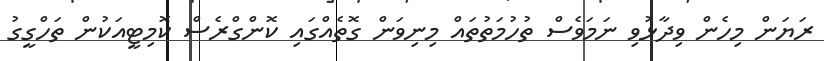
ރަޔަން މިހެން ވިދާޅުވި ނަމަވެސް ތުހުމަތުތައް މިނިވަން ގޮތެއްގައި ކޮންގްރެސް ކޮމިޓީއަކުން ތަހްގީގު